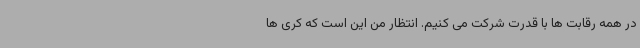
در همه رقابت ها با قدرت شرکت می کنیم. انتظار من این است که کری ها